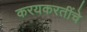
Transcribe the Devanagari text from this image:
करयकरतींचे